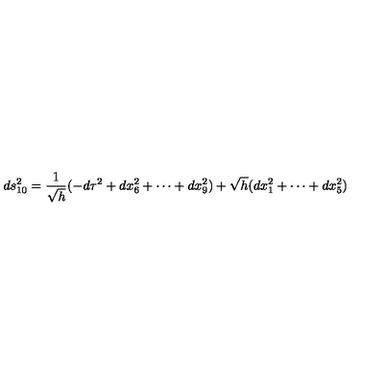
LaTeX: d s _ { 1 0 } ^ { 2 } = \frac { 1 } { \sqrt { h } } ( - d \tau ^ { 2 } + d x _ { 6 } ^ { 2 } + \cdots + d x _ { 9 } ^ { 2 } ) + \sqrt { h } ( d x _ { 1 } ^ { 2 } + \cdots + d x _ { 5 } ^ { 2 } )